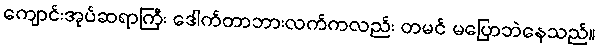
ကျောင်းအုပ်ဆရာကြီး ဒေါက်တာဘားလက်ကလည်း တမင် မပြောဘဲနေသည်။